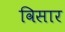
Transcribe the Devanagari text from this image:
विसार